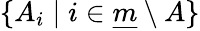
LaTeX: \{ A_{i}\mid i\in{\underline{{m}}}\setminus A\}